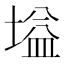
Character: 塧